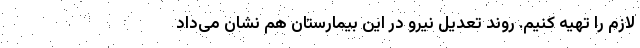
لازم را تهیه کنیم. روند تعدیل نیرو در این بیمارستان هم نشان می‌داد